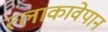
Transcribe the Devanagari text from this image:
त्लाकावेपान